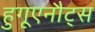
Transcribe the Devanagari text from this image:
हुगूएनौट्स